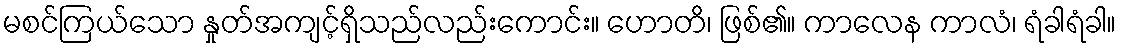
မစင်ကြယ်သော နှုတ်အကျင့်ရှိသည်လည်းကောင်း။ ဟောတိ၊ ဖြစ်၏။ ကာလေန ကာလံ၊ ရံခါရံခါ။